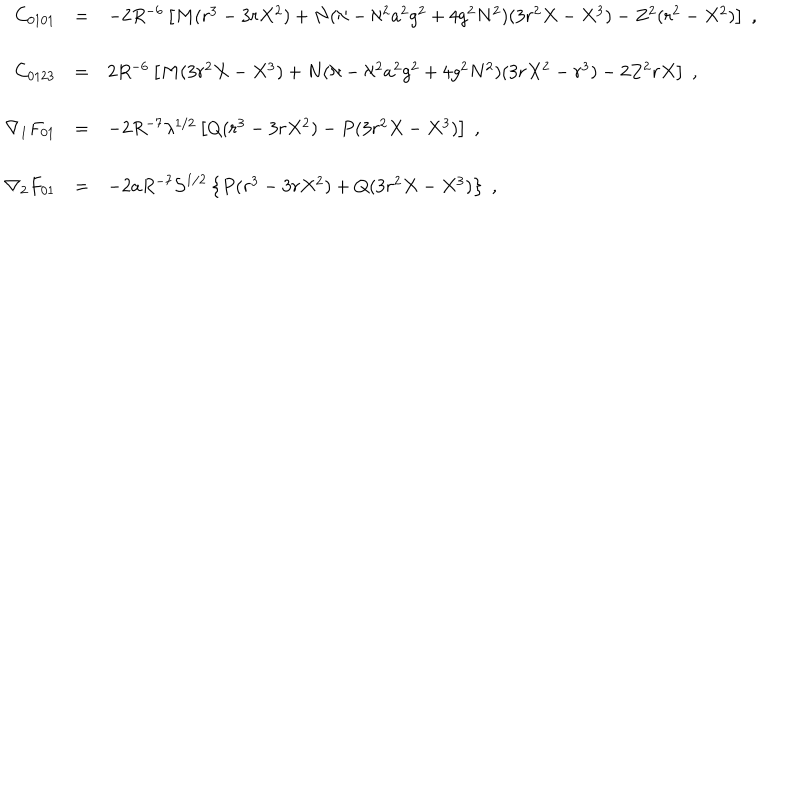
\begin{array} { r c l } { { C _ { 0 1 0 1 } } } & { { = } } & { { - 2 R ^ { - 6 } \left[ M ( r ^ { 3 } - 3 r X ^ { 2 } ) + N ( \aleph - \aleph ^ { 2 } a ^ { 2 } g ^ { 2 } + 4 g ^ { 2 } N ^ { 2 } ) ( 3 r ^ { 2 } X - X ^ { 3 } ) - Z ^ { 2 } ( r ^ { 2 } - X ^ { 2 } ) \right] \; , } } \\ { { } } & { { } } & { { } } \\ { { C _ { 0 1 2 3 } } } & { { = } } & { { 2 R ^ { - 6 } \left[ M ( 3 r ^ { 2 } X - X ^ { 3 } ) + N ( \aleph - \aleph ^ { 2 } a ^ { 2 } g ^ { 2 } + 4 g ^ { 2 } N ^ { 2 } ) ( 3 r X ^ { 2 } - r ^ { 3 } ) - 2 Z ^ { 2 } r X \right] \; , } } \\ { { } } & { { } } & { { } } \\ { { \nabla _ { 1 } F _ { 0 1 } } } & { { = } } & { { - 2 R ^ { - 7 } \lambda ^ { 1 / 2 } \left[ Q ( r ^ { 3 } - 3 r X ^ { 2 } ) - P ( 3 r ^ { 2 } X - X ^ { 3 } ) \right] \; , } } \\ { { } } & { { } } & { { } } \\ { { \nabla _ { 2 } F _ { 0 1 } } } & { { = } } & { { - 2 a R ^ { - 7 } { \cal S } ^ { 1 / 2 } \left\{ P ( r ^ { 3 } - 3 r X ^ { 2 } ) + Q ( 3 r ^ { 2 } X - X ^ { 3 } ) \right\} \; , } } \\ \end{array}